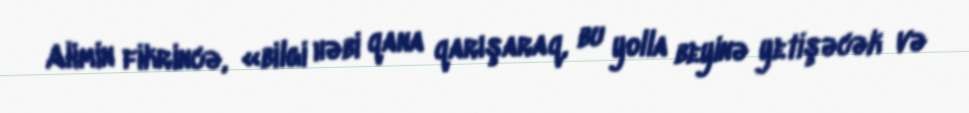
Alimin fikrincə, «bilgi həbi qana qarışaraq, bu yolla beyinə yetişəcək və